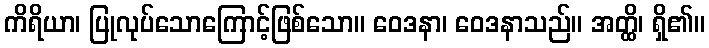
ကိရိယာ၊ ပြုလုပ်သောကြောင့်ဖြစ်သော။ ဝေဒနာ၊ ဝေဒနာသည်။ အတ္ထိ၊ ရှိ၏။